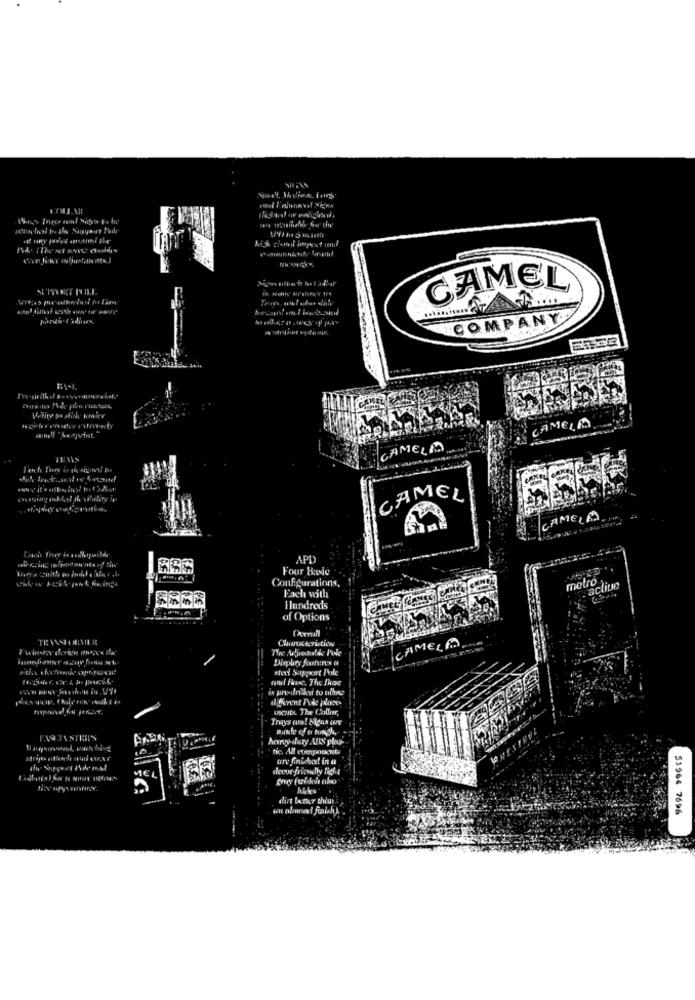
CAMEL
COMPANY
Wefire so with sinir
CAMELO
CAMELA
CAMEL
CAMELA
Four Basic
Configurations
metro
aclite
Each with
Hundreds
of Options
CAMELO
der Support Pole
different Pode places
ICHts The Colfer,
hervy duty ALLS plo-
tic. A& component
din lather chiun
53964 7696